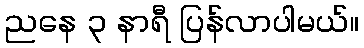
ညနေ ၃ နာရီ ပြန်လာပါမယ်။